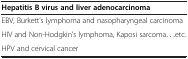
<table><thead><tr><td><b>Hepatitis B virus and liver adenocarcinoma</b></td></tr></thead><tbody><tr><td>EBV, Burkett’s lymphoma and nasopharyngeal carcinoma</td></tr><tr><td>HIV and Non-Hodgkin’s lymphoma, Kaposi sarcoma...etc.</td></tr><tr><td>HPV and cervical cancer</td></tr></tbody></table>